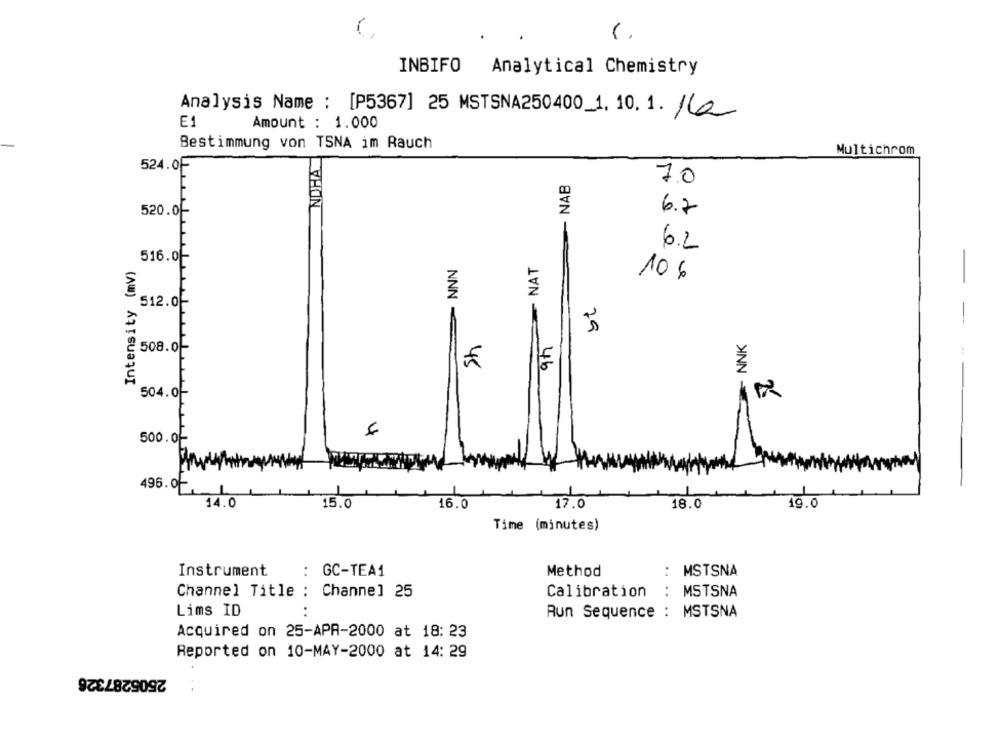
INBIFO Analytical Chemistry
Analysis Name : [P5367] 25 MSTSNA250400_1. 10. 1. /la
E1
Amount : 1.000
Bestimmung von TSNA im Rauch
NOHA
Multichrom
524.0F
- NAB
7.0
520.0f
6.7
- -
6.2
516.0f
NAT
Intensity (mv)
NNN
106
512.0F
79
St
9h
- NNK
508.0
504.0-
h
500.0
496.0
L
14.0
15.0
16.0
17.0
18.0
19.0
Time (minutes)
..
Instrument
: GC-TEA1
Method
MSTSNA
Channel Title : Channel 25
Calibration
:
MSTSNA
..
Lims ID
Aun Sequence : MSTSNA
Acquired on 25-APR-2000 at 18: 23
Reported on 10-MAY-2000 at 14: 29
2505287326